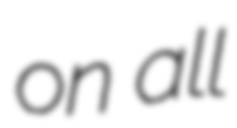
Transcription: on all